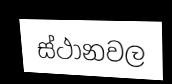
ස්ථානවල